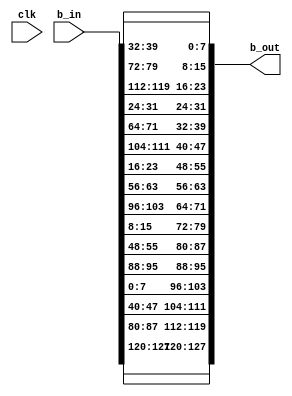
`timescale 1ns / 1ps
//////////////////////////////////////////////////////////////////////////////////
// Company: 
// Engineer: 
// 
// Design Name: 
// Module Name:    Shift_Rows 
// Project Name: 
// Target Devices: 
// Tool versions: 
// Description: 
//
// Dependencies: 
//
// Revision: 
// Revision 0.01 - File Created
// Additional Comments: 
//
//////////////////////////////////////////////////////////////////////////////////
module Shift_Rows(clk,b_in,b_out);
	input clk;
	input [127:0] b_in;
	output  [127:0] b_out;

    	 assign b_out[127:120]=b_in[127:120];
	 assign b_out[119:112]=b_in[87:80];
	 assign b_out[111:104]=b_in[47:40];
	 assign b_out[103:96]=b_in[7:0];
	 
	 assign b_out[95:88]=b_in[95:88];	 
	 assign b_out[87:80]=b_in[55:48];	 
	 assign b_out[79:72]=b_in[15:8];	 
	 assign b_out[71:64]=b_in[103:96];
	 
	 assign b_out[63:56]=b_in[63:56];	 
	 assign b_out[55:48]=b_in[23:16];	 
	 assign b_out[47:40]=b_in[111:104];	 
	 assign b_out[39:32]=b_in[71:64];
	 
	 assign b_out[31:24]=b_in[31:24];	 
	 assign b_out[23:16]=b_in[119:112];	 
	 assign b_out[15:8]=b_in[79:72];	 
	 assign b_out[7:0]=b_in[39:32];
	 
endmodule